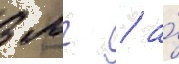
3 мг / а́